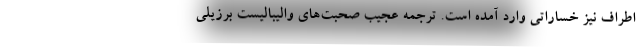
اطراف نیز خساراتی وارد آمده است. ترجمه عجیب صحبت‌های والیبالیست برزیلی